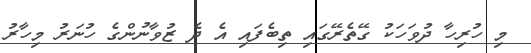
މި ހުރިހާ ދުވަހަކު ގޭތެރޭގައި ތިބެފައި އެ ދެ ޒުވާނުންގެ ހުނަރު މިހާރު